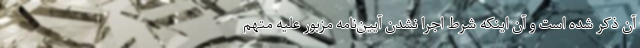
آن ذکر شده است و آن اینکه شرط اجرا نشدن آیین‌نامه مزبور علیه متهم